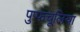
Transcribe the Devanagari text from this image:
पुप्फचूलिया